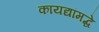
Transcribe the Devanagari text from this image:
कायद्यांमद्धे